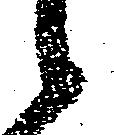
候